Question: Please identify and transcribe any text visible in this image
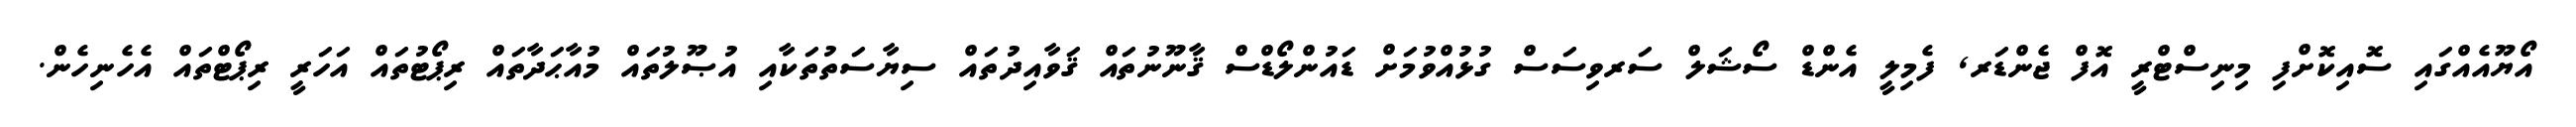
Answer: އޯޔޫއެއްގައި ސޮއިކޮށްފި މިނިސްޓްރީ އޮފް ޖެންޑަރ, ފެމިލީ އެންޑް ސޯޝަލް ސަރވިސަސް ގުޅުއްވުމަށް ޑައުންލޯޑްސް ޤާނޫނުތައް ޤަވާއިދުތައް ސިޔާސަތުތަކާއި އުޞޫލުތައް މުއާޙަދާތައް ރިޕޯޓުތައް އަހަރީ ރިޕޯޓްތައް އެހެނިހެން.